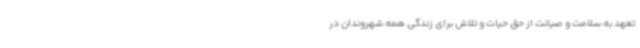
تعهد به سلامت و صیانت از حق حیات و تلاش برای زندگی همه شهروندان در